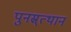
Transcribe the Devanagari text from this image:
पुनस्र्त्थान